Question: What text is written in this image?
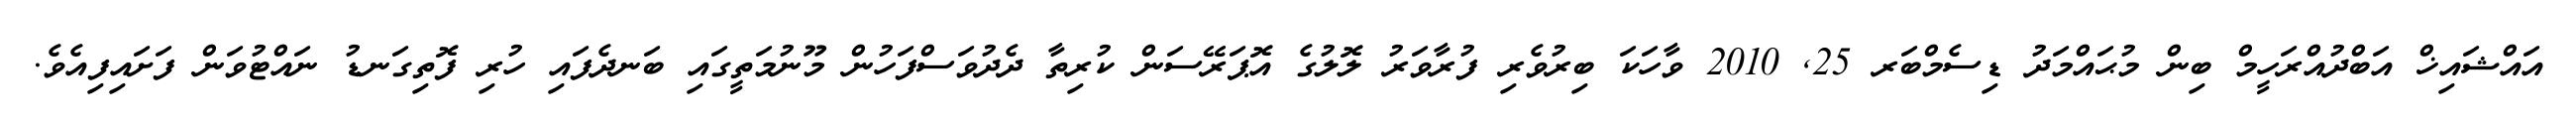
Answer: އައްޝައިޚް އަބްދުއްރަހީމް ބިން މުޙައްމަދު ޑިސެމްބަރ 25, 2010 ވާހަކަ ބިރުވެރި ފުރާވަރު ލޮލުގެ އޮޕަރޭސަން ކުރިތާ ދެދުވަސްފަހުން މޫނުމަތީގައި ބަނދެފައި ހުރި ފޮތިގަނޑު ނައްޓުވަން ފަށައިފިއެވެ.